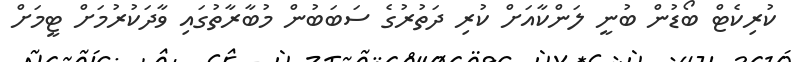
ކުރިކެޓް ބޯޑުން ބުނީ ލަންކާއަށް ކުރި ދަތުރުގެ ސަބަބުން މުބާރާތުގައި ވާދަކުރުމަށް ޓީމަށް